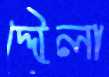
দ্দৌলা